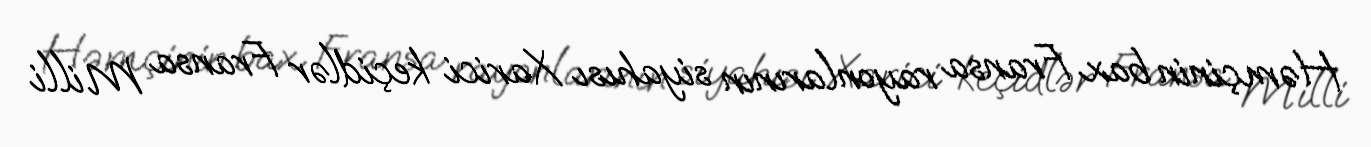
Həmçinin bax Fransa rayonlarının siyahısı Xarici keçidlər Fransa Milli